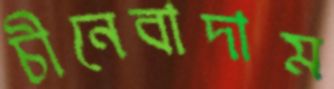
চীনেবাদাম